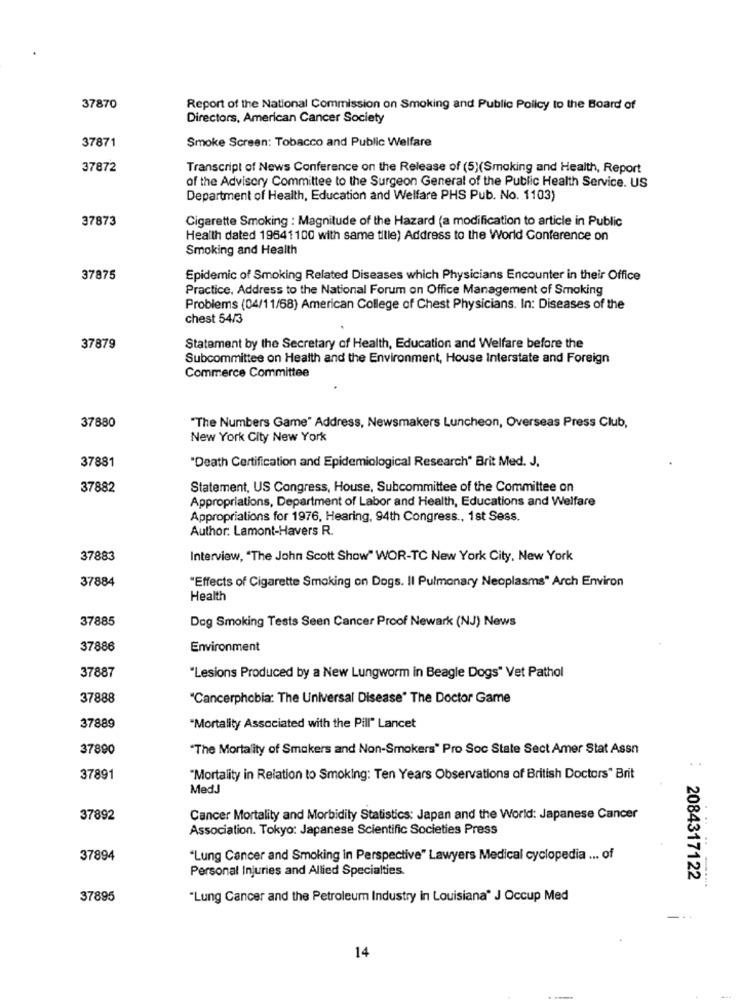
37870
Report of the National Commission on Smoking and Public Policy to the Board of
Directors, American Cancer Society
37871
Smoke Screen: Tobacco and Public Welfare
37872
Transcript of News Conference on the Release of (5)(Smoking and Health, Report
of the Advisory Committee to the Surgeon General of the Public Health Service. US
Department of Health, Education and Welfare PHS Pub. No. 1103)
37873
Cigarette Smoking : Magnitude of the Hazard (a modification to article in Public
Health dated 19641100 with same tille) Address to the World Conference on
Smoking and Health
37875
Epidemic of Smoking Related Diseases which Physicians Encounter in their Office
Practice, Address to the National Forum on Office Management of Smoking
Problems (04/11/68) American College of Chest Physicians. In: Diseases of the
chest 54/3
37879
Statement by the Secretary of Health, Education and Welfare before the
Subcommittee on Health and the Environment, House Interstate and Foreign
Commerce Committee
37880
"The Numbers Game" Address, Newsmakers Luncheon, Overseas Press Club,
New York City New York
"Death Certification and Epidemiological Research" Brit Med. J.
37881
37882
Statement, US Congress, House, Subcommittee of the Committee on
Appropriations, Department of Labor and Health, Educations and Welfare
Appropriations for 1976, Hearing, 94th Congress ., 1st Sess.
Author: Lamont-Havers R.
37883
Interview, "The John Scott Show" WOR-TC New York City, New York
37884
"Effects of Cigarette Smoking on Dogs. Il Pulmonary Neoplasms" Arch Environ
Health
37885
Dog Smoking Tests Seen Cancer Proof Newark (NJ) News
37886
Environment
37887
"Lesions Produced by a New Lungworm in Beagle Dogs" Vet Pathol
37888
"Cancerphobia: The Universal Disease" The Doctor Game
37889
"Mortality Associated with the Pill" Lancet
37890
"The Mortality of Smokers and Non-Smokers" Pro Soc State Sect Amer Stat Assn
37891
"Mortality in Relation to Smoking: Ten Years Observations of British Doctors" Brit
MedJ
37892
Cancer Mortality and Morbidity Statistics: Japan and the World: Japanese Cancer
Association. Tokyo: Japanese Scientific Societies Press
37894
"Lung Cancer and Smoking in Perspective" Lawyers Medical cyclopedia ... of
Personal Injuries and Allied Specialties.
: 2084317122
37895
"Lung Cancer and the Petroleum Industry in Louisiana" J Occup Med
14